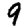
Digit: 9